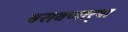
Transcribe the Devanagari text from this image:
बसवणार्‍या